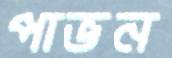
পাভন